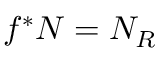
f ^ { * } N = N _ { R }